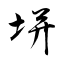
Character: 垪